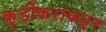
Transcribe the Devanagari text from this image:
कुर्डीकरांकडून